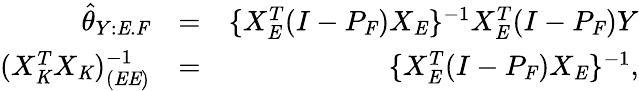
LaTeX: \begin{array}{rlr}{\hat{\theta}_{Y:\mathit{E}.\mathit{F}}}&{=}&{\{ X_{\mathit{E}}^{T}(I-P_{\mathit{F}})X_{\mathit{E}}\} ^{-1}X_{\mathit{E}}^{T}(I-P_{\mathit{F}})Y}\\ {(X_{\mathit{K}}^{T}X_{\mathit{K}})_{(\mathit{E}\mathit{E})}^{-1}}&{=}&{\{ X_{\mathit{E}}^{T}(I-P_{\mathit{F}})X_{\mathit{E}}\} ^{-1},}\end{array}